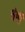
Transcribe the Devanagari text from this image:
चंची